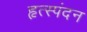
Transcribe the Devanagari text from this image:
हृत्स्पंदन